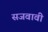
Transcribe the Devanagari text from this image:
सजवावी